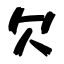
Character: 欠